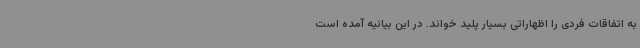
به اتفاقات فردی را اظهاراتی بسیار پلید خواند. در این بیانیه آمده است